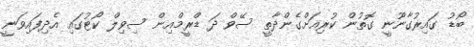
ބޯޑު ގައިރުގާނޫނީ ގޮތުން ކުރިއަށްގެންދާތީ ސޭވް ދަ ޑްރީމްއިން ސިވިލް ކޯޓުގައި އެދިފައިވަނީ